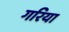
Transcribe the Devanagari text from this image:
गरिया